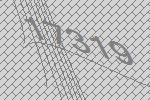
17319